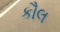
કૌલ